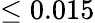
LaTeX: \leq 0.015